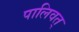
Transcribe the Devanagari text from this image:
पालिवत्‌